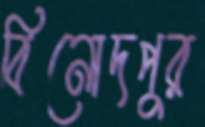
বিনোদপুর